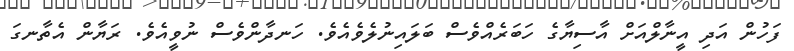
ފަހުން އަދި އީނާލްއަށް އާސިޔާގެ ހަބަރެއްވެސް ބަލައިނުލެވެއެވެ. ހަނދާންވެސް ނުވީއެވެ. ރަޔާން އެތާނގަ